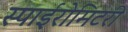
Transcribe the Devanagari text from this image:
स्पाईरोमिटरी